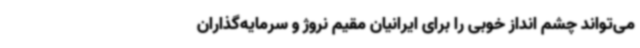
می‌تواند چشم انداز خوبی را برای ایرانیان مقیم نروژ و سرمایه‌گذاران